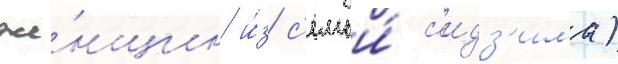
же́нщин и́з с'емьи́ с'идз'има)